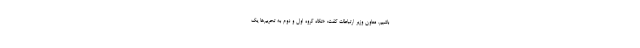
باشیم. معاون وزیر ارتباطات گفت: «نگاه گروه اول و دوم به تحریم‌ها یک